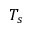
T _ { s }